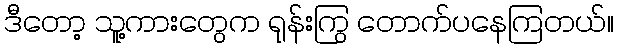
ဒီတော့ သူ့ကားတွေက ရုန်းကြွ တောက်ပနေကြတယ်။